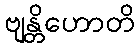
ဗျန္တိဟောတိ